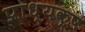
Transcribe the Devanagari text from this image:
प्राध्यक्ष